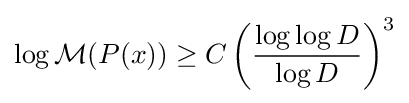
\log {\mathcal {M}}(P(x))\geq C\left({\frac {\log \log D}{\log D}}\right)^{3}